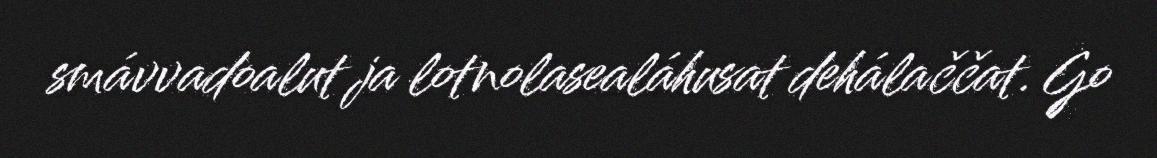
smávvadoalut ja lotnolasealáhusat dehálaččat. Go